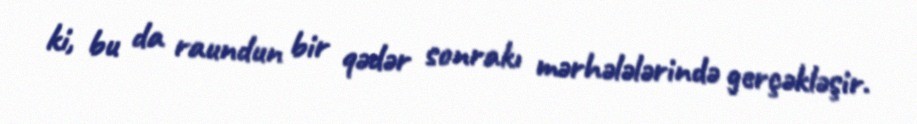
ki, bu da raundun bir qədər sonrakı mərhələlərində gerçəkləşir.